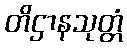
တိဌာနသုတ္တံ